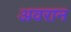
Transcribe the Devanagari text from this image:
अवरान